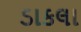
ડાકલા